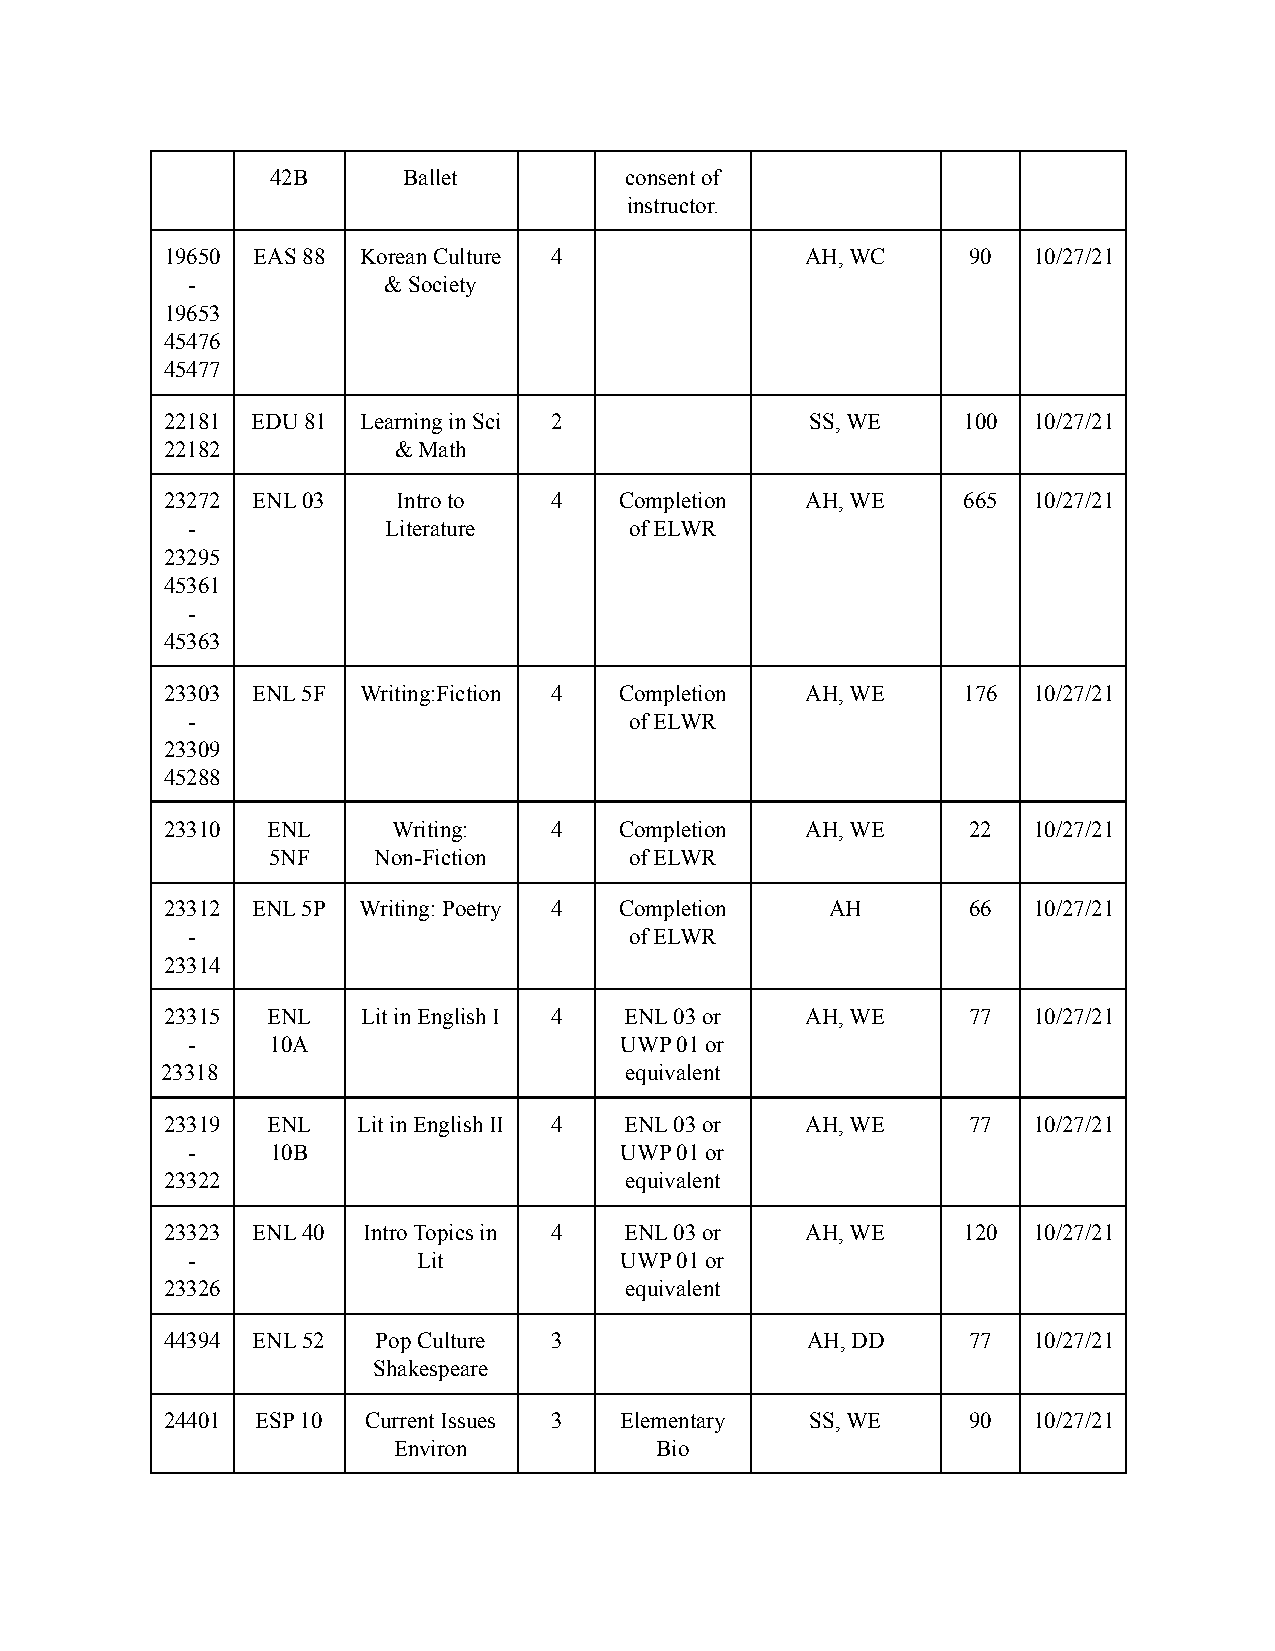
42B      Ballet        consent of
 instructor.
 19650 EAS 88 Korean Culture 4             AH, WC     90  10/27/21
 -            & Society
 19653
 45476
 45477
 22181 EDU 81 Learning in Sci 2             SS, WE    100 10/27/21
 22182          & Math
 23272 ENL 03   Intro to  4    Completion  AH, WE     665 10/27/21
 -             Literature      of ELWR
 23295
 45361
 -
 45363
 23303 ENL 5F Writing:Fiction 4 Completion AH, WE     176 10/27/21
 -                             of ELWR
 23309
 45288
 23310  ENL     Writing:  4    Completion  AH, WE     22  10/27/21
 5NF    Non-Fiction      of ELWR
 23312 ENL 5P Writing: Poetry 4 Completion   AH       66  10/27/21
 -                             of ELWR
 23314
 23315  ENL   Lit in English I 4 ENL 03 or AH, WE     77  10/27/21
 -     10A                    UWP 01 or
 23318                         equivalent
 23319  ENL   Lit in English II 4 ENL 03 or AH, WE    77  10/27/21
 -     10B                    UWP 01 or
 23322                         equivalent
 23323 ENL 40 Intro Topics in 4 ENL 03 or  AH, WE     120 10/27/21
 -               Lit          UWP 01 or
 23326                         equivalent
 44394 ENL 52  Pop Culture 3               AH, DD     77  10/27/21
 Shakespeare
 24401 ESP 10 Current Issues 3 Elementary   SS, WE    90  10/27/21
 Environ          Bio